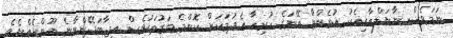
ނަމަވެސް ނާޔަލްއާއިއެކު އުޅެންޏާ އޭނަގެ ހުރިހާ އެދުމަކަށް ކޮންމެ ވަގުތަކުވެސް އިޖާބަދޭންވާނެ ނޫންހެއްޔެވެ.